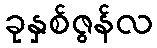
ခုနှစ်ဇွန်လ